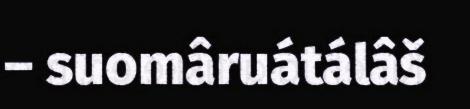
– suomâruátálâš